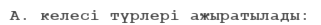
А. келесі түрлері ажыратылады: